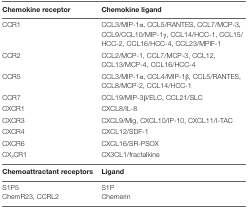
| Chemokine receptor | Chemokine ligand |
 | --- | --- |
 | CCR1 | CCL3/MIP-1α, CCL5/RANTES, CCL7/MCP-3, CCL9/CCL10/MIP-1γ, CCL14/HCC-1, CCL15/HCC-2, CCL16/HCC-4, CCL23/MPIF-1 |
 | CCR2 | CCL2/MCP-1, CCL7/MCP-3, CCL12, CCL13/MCP-4, CCL16/HCC-4 |
 | CCR5 | CCL3/MIP-1α, CCL4/MIP-1β, CCL5/RANTES, CCL8/MCP-2, CCL14/HCC-1 |
 | CCR7 | CCL19/MIP-3β/ELC, CCL21/SLC |
 | CXCR1 | CXCL8/IL-8 |
 | CXCR3 | CXCL9/Mig, CXCL10/IP-10, CXCL11/I-TAC |
 | CXCR4 | CXCL12/SDF-1 |
 | CXCR6 | CXCL16/SR-PSOX |
 | CX3CR1 | CX3CL1/fractalkine |
 | Chemoattractant receptors | Ligand |
 | S1P5 | S1P |
 | ChemR23, CCRL2 | Chemerin |